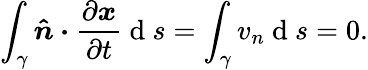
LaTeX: \int_{\gamma}\boldsymbol{\hat{n}\cdot}\frac{\partial\boldsymbol{x}}{\partial t}\mathrm{~d~}s=\int_{\gamma}v_{n}\mathrm{~d~}s=0.